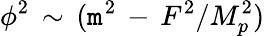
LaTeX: \phi^{2}\, \sim\, (\mathtt{m}^{2}\, -\, F^{2}/M_{p}^{2})